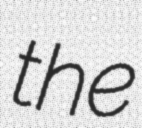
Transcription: the